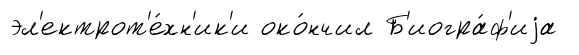
эл'ектрот'е́хн'ик'и око́нчил Б'иогра́ф'иjа